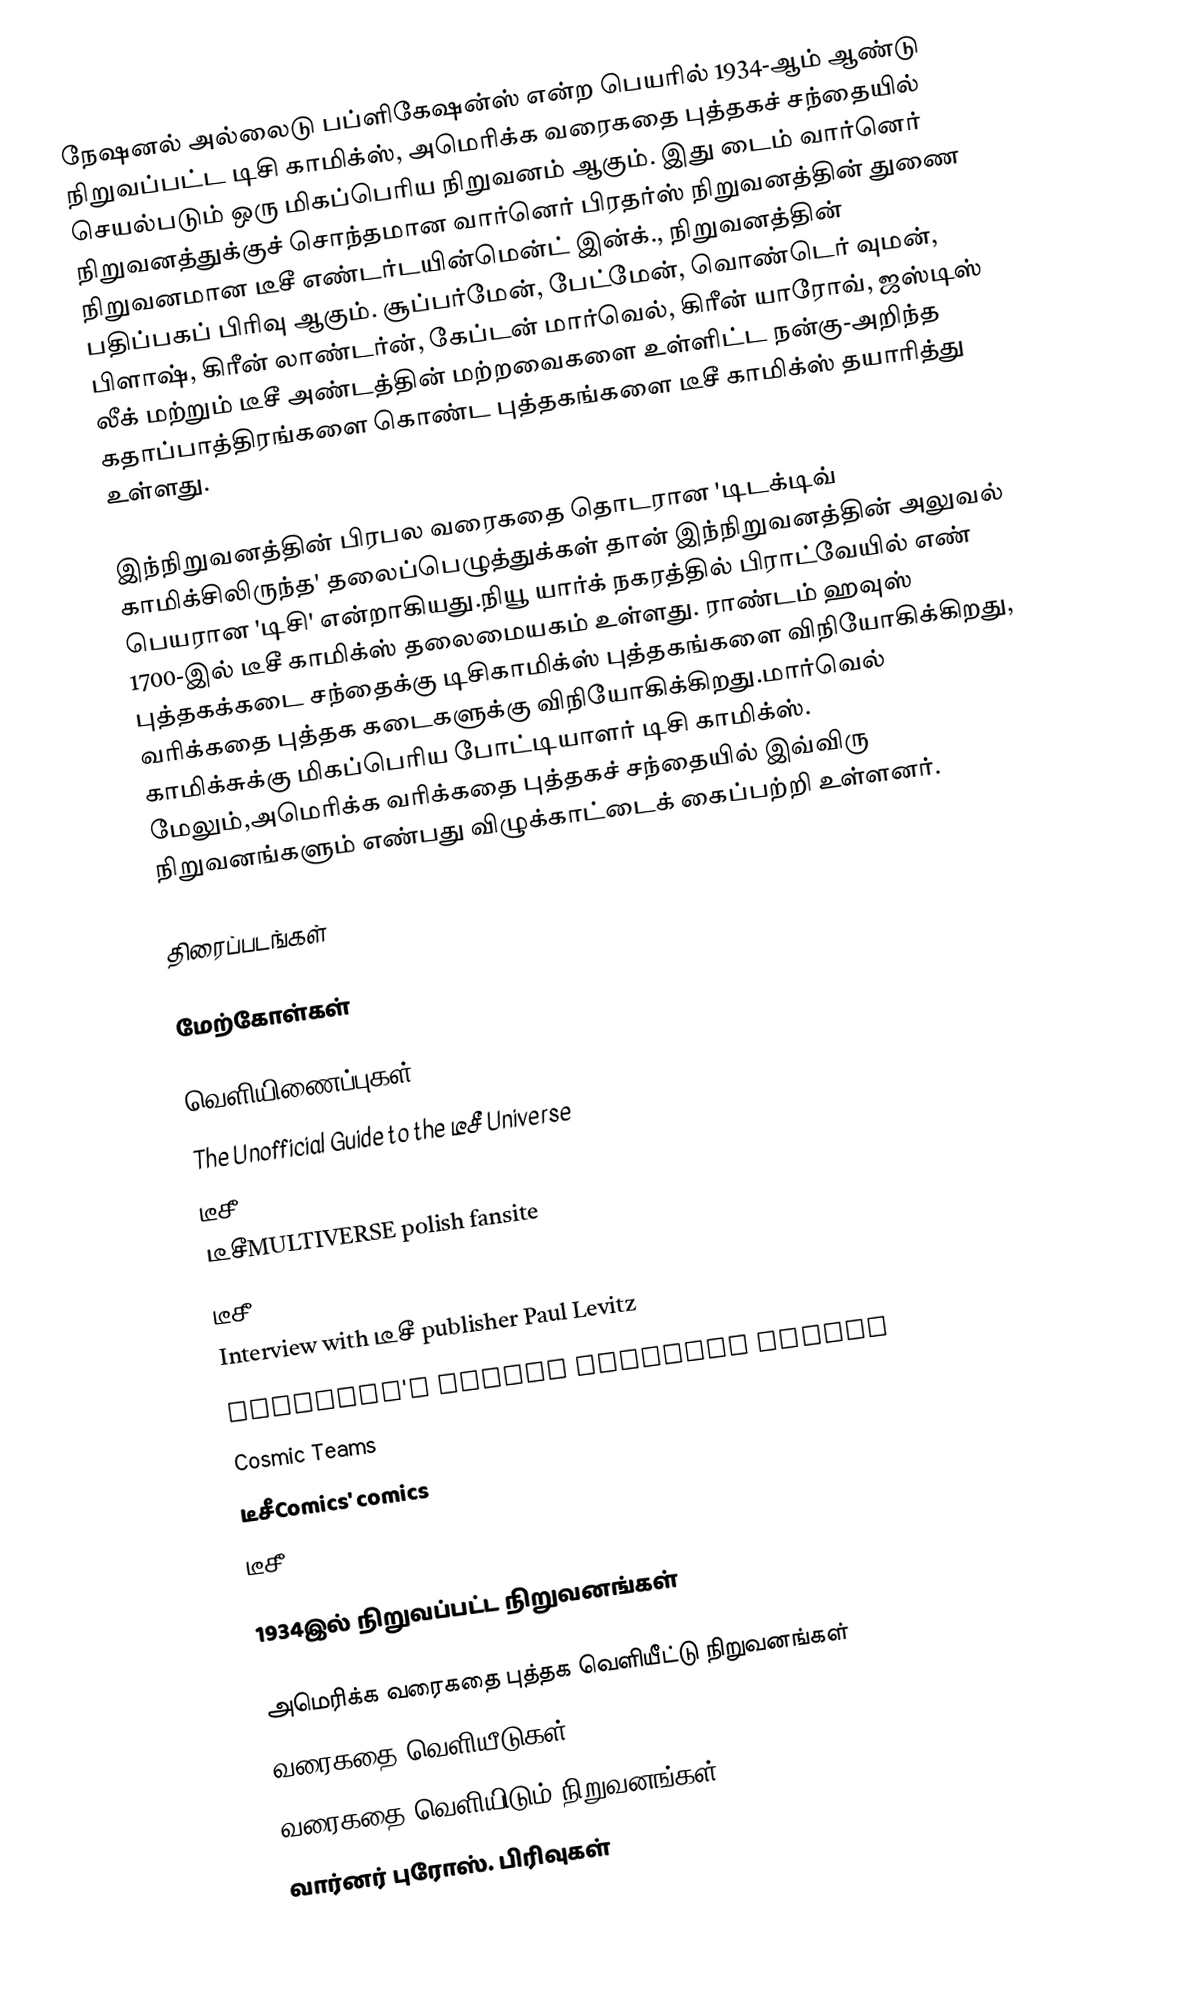
நேஷனல் அல்லைடு பப்ளிகேஷன்ஸ் என்ற பெயரில் 1934-ஆம் ஆண்டு நிறுவப்பட்ட டிசி காமிக்ஸ், அமெரிக்க வரைகதை புத்தகச் சந்தையில் செயல்படும் ஒரு மிகப்பெரிய நிறுவனம் ஆகும். இது டைம் வார்னெர் நிறுவனத்துக்குச் சொந்தமான வார்னெர் பிரதர்ஸ் நிறுவனத்தின் துணை நிறுவனமான டீசீ எண்டர்டயின்மென்ட் இன்க்., நிறுவனத்தின் பதிப்பகப் பிரிவு ஆகும். சூப்பர்மேன், பேட்மேன், வொண்டெர் வுமன், பிளாஷ், கிரீன் லாண்டர்ன், கேப்டன் மார்வெல், கிரீன் யாரோவ், ஜஸ்டிஸ் லீக் மற்றும் டீசீ அண்டத்தின் மற்றவைகளை உள்ளிட்ட நன்கு-அறிந்த கதாப்பாத்திரங்களை கொண்ட புத்தகங்களை டீசீ காமிக்ஸ் தயாரித்து உள்ளது.

இந்நிறுவனத்தின் பிரபல வரைகதை தொடரான 'டிடக்டிவ் காமிக்சிலிருந்த' தலைப்பெழுத்துக்கள் தான் இந்நிறுவனத்தின் அலுவல் பெயரான 'டிசி' என்றாகியது.நியூ யார்க் நகரத்தில் பிராட்வேயில் எண்  1700-இல் டீசீ காமிக்ஸ் தலைமையகம் உள்ளது. ராண்டம் ஹவுஸ் புத்தகக்கடை சந்தைக்கு டிசிகாமிக்ஸ் புத்தகங்களை விநியோகிக்கிறது, வரிக்கதை புத்தக கடைகளுக்கு விநியோகிக்கிறது.மார்வெல் காமிக்சுக்கு மிகப்பெரிய போட்டியாளர் டிசி காமிக்ஸ். மேலும்,அமெரிக்க வரிக்கதை புத்தகச் சந்தையில் இவ்விரு நிறுவனங்களும் எண்பது விழுக்காட்டைக் கைப்பற்றி உள்ளனர்.

திரைப்படங்கள்

மேற்கோள்கள்

வெளியிணைப்புகள்
The Unofficial Guide to the டீசீ Universe
டீசீ Database Project wiki
டீசீMULTIVERSE polish fansite
டீசீ Comics at Don Markstein's Toonopedia
Interview with டீசீ publisher Paul Levitz
DarkMark's Comics Indexing Domain
 Cosmic Teams
 டீசீComics' comics
 டீசீ Noir

1934இல் நிறுவப்பட்ட நிறுவனங்கள்

அமெரிக்க வரைகதை புத்தக வெளியீட்டு நிறுவனங்கள்
வரைகதை வெளியீடுகள்
வரைகதை வெளியிடும் நிறுவனங்கள்
வார்னர் புரோஸ். பிரிவுகள்